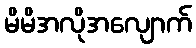
မိမိအလိုအလျောက်